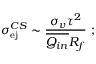
\sigma _ { \mathrm { e j } } ^ { C S } \sim \frac { \sigma _ { v } \tau ^ { 2 } } { \overline { { Q _ { i n } } } R _ { f } } ~ ;